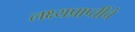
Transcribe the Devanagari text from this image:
लक्ष्यप्राप्तींचे